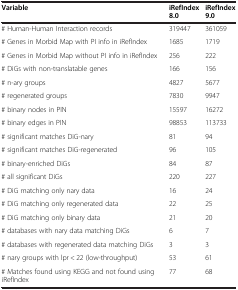
<table><thead><tr><td><b>Variable</b></td><td><b>iRefIndex 8.0</b></td><td><b>iRefIndex 9.0</b></td></tr></thead><tbody><tr><td># Human-Human Interaction records</td><td>319447</td><td>361059</td></tr><tr><td># Genes in Morbid Map with PI info in iRefIndex</td><td>1685</td><td>1719</td></tr><tr><td># Genes in Morbid Map without PI info in iRefIndex</td><td>256</td><td>222</td></tr><tr><td># DiGs with non-translatable genes</td><td>166</td><td>156</td></tr><tr><td># n-ary groups</td><td>4827</td><td>5677</td></tr><tr><td># regenerated groups</td><td>7830</td><td>9947</td></tr><tr><td># binary nodes in PIN</td><td>15597</td><td>16272</td></tr><tr><td># binary edges in PIN</td><td>98853</td><td>113733</td></tr><tr><td># significant matches DiG-nary</td><td>81</td><td>94</td></tr><tr><td># significant matches DiG-regenerated</td><td>96</td><td>105</td></tr><tr><td># binary-enriched DiGs</td><td>84</td><td>87</td></tr><tr><td># all significant DiGs</td><td>220</td><td>227</td></tr><tr><td># DiG matching only nary data</td><td>16</td><td>24</td></tr><tr><td># DiG matching only regenerated data</td><td>22</td><td>25</td></tr><tr><td># DiG matching only binary data</td><td>21</td><td>20</td></tr><tr><td># databases with nary data matching DiGs</td><td>6</td><td>7</td></tr><tr><td># databases with regenerated data matching DiGs</td><td>3</td><td>3</td></tr><tr><td># nary groups with lpr &lt; 22 (low-throughput)</td><td>53</td><td>61</td></tr><tr><td># Matches found using KEGG and not found using iRefIndex</td><td>77</td><td>68</td></tr></tbody></table>